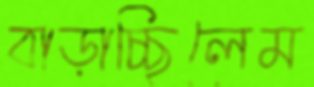
বাড়াচ্ছিলেম